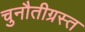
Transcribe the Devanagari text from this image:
चुनौतीग्रस्त